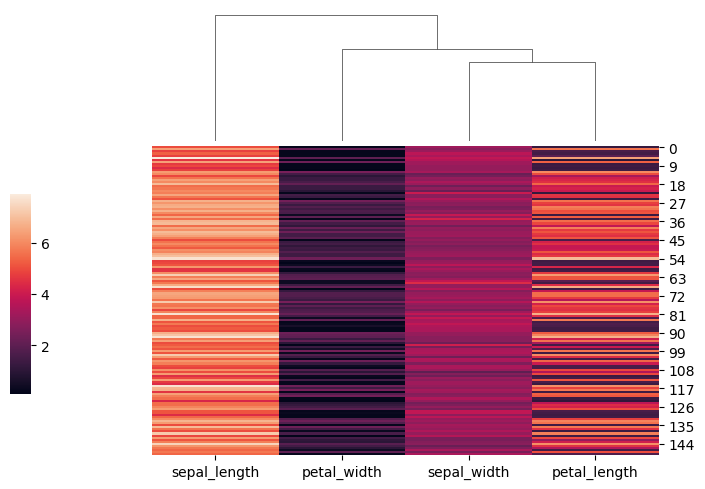
python, seaborn, clustermap, figsize=(7, 5), row_cluster=False, dendrogram_ratio=(0.2, 0.3), cbar_pos=(0, 0.2, 0.03, 0.4)